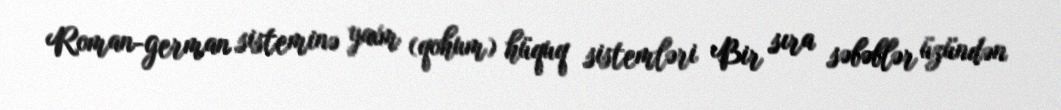
Roman-german sisteminə yaxm (qohum) hüquq sistemləri Bir sıra səbəblər üzündən